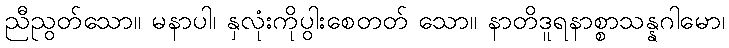
ညီညွတ်သော။ မနာပါ၊ နှလုံးကိုပွါးစေတတ် သော။ နာတိဒူရနာစ္စာသန္နဂါမော၊